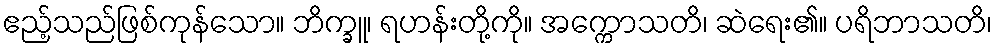
ဧည့်သည်ဖြစ်ကုန်သော။ ဘိက္ခူ၊ ရဟန်းတို့ကို။ အက္ကောသတိ၊ ဆဲရေး၏။ ပရိဘာသတိ၊